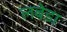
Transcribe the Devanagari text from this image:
लबेडा